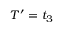
T ^ { \prime } = t _ { 3 }